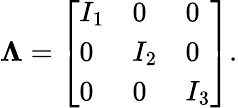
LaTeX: {\boldsymbol{\Lambda}}={\left[\begin{array}{lll}{I_{1}}&{0}&{0}\\ {0}&{I_{2}}&{0}\\ {0}&{0}&{I_{3}}\end{array}\right]}.